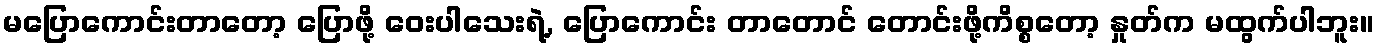
မပြောကောင်းတာတော့ ပြောဖို့ ဝေးပါသေးရဲ့, ပြောကောင်း တာတောင် တောင်းဖို့ကိစ္စတော့ နှုတ်က မထွက်ပါဘူး။